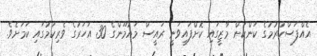
އެއްފަސްކުރުމުގެ ކަންކަން މާޒީގައި ކޮށްފައިވަނީ ރައީސް މައުމޫންގެ 30 އަހަރުގެ ވެރިކަމުގައި ކަމަށެވެ.